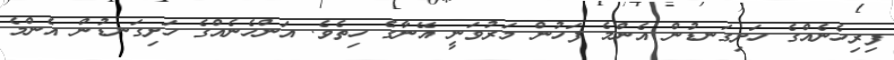
ފިރިހެނެއްގެ ހަށިގަނޑުން އެންމެ ފަހުން މަރުވަނީ އޭނާގެ ހިތެވެ. އަންހެނެއްގެ ހަށިގަނޑުން އެންމެ